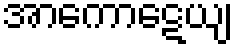
အာကောဋေယျ